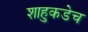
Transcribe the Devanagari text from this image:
शाहुकडेच